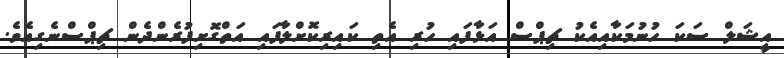
އީޝަލް ސަކަ ހުނުމަކާއިއެކު ޗިޕްސް އަޅާފައި ހުރި އެތި ކައިރިކޮށްލާފައި އަތްގޮށިފުރެންދެން ޗިޕްސްނެގިއެވެ.